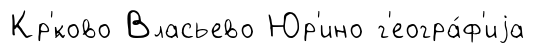
Кр'́ково Власьево Юр'ино г'еогра́ф'иjа